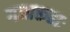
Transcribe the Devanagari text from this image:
गजारूढाः